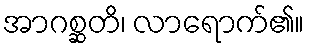
အာဂစ္ဆတိ၊ လာရောက်၏။